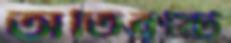
অতিবৃষ্টি